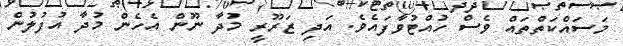
މަސައްކަތްތައް ވެސް ހުއްޓުވާފައެވެ. އަދި ޒަރޫރީ މުދާ ނޫން އެހެން މުދާ އުފުލުން